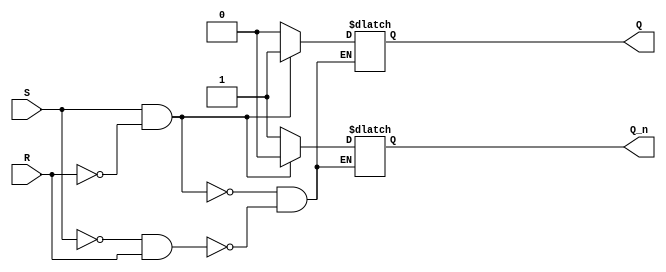
module SR_FlipFlop (
    input S, R,
    output reg Q, Q_n
);

always @ (S or R) begin
    if (S && !R) begin
        Q <= 1;
        Q_n <= 0;
    end else if (!S && R) begin
        Q <= 0;
        Q_n <= 1;
    end else if (S && R) begin
        // do nothing
    end
end

endmodule